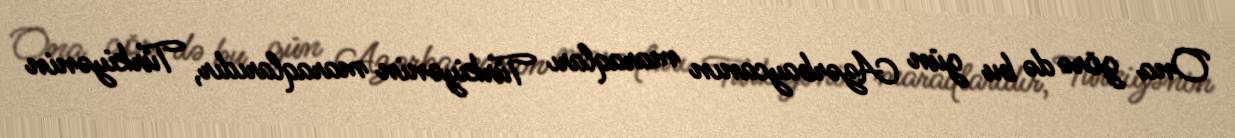
Ona görə də bu gün Azərbaycanın maraqları Türkiyənin maraqlarıdır, Türkiyənin